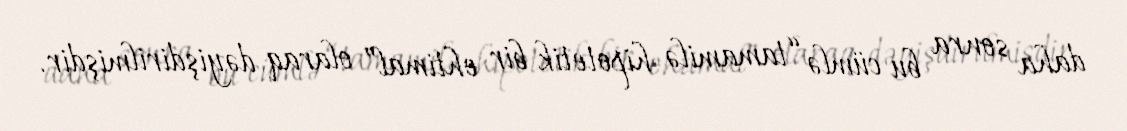
daha sonra bu cümlə “tamamilə hipotetik bir ehtimal” olaraq dəyişdirilmişdir.